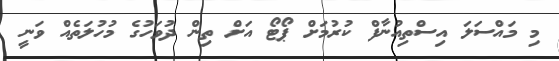
މި މައްސަލަ އިސްތިއުނާފް ކުރުމަށް ޕޯޓޯ އަށް ތިން ދުވަހުގެ މުހުލަތެއް ވަނީ